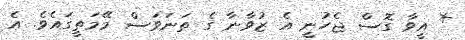
* އީވާ ގޮސް ޖެހުނީ އެ ޒުވާނާ ގެ ތަނަވަސް މޭމަތީގައެވެ. އެ